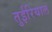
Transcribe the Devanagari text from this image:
तुईरियाल